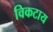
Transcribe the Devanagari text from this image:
विकटाय